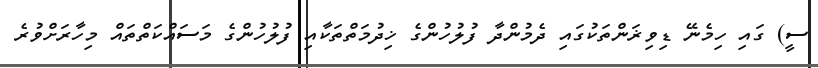
ސީ) ގައި ހިމެނޭ ޑިވިޜަންތަކުގައި ދެމުންދާ ފުލުހުންގެ ޚިދުމަތްތަކާއި ފުލުހުންގެ މަސައްކަތްތައް މިހާރަށްވުރެ